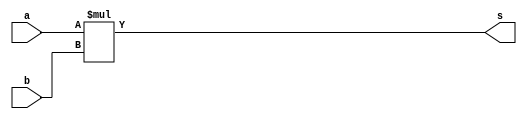
module mul4 (s,a,b);
output [7:0] s;
input  [3:0] a,b;
assign s=a*b;
endmodule